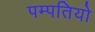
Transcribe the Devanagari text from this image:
पम्‍पतियो